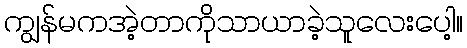
ကျွန်မကအဲ့တာကိုသာယာခဲ့သူလေးပေါ့။